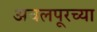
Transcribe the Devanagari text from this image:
अचलपूरच्या